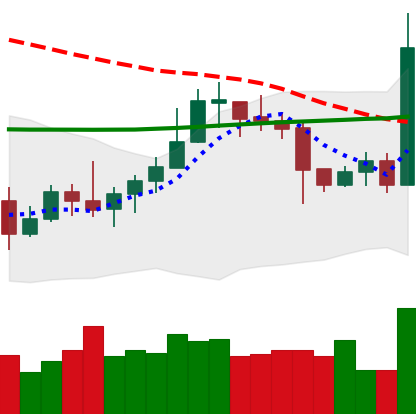
Ticker: LTC-USD
Chart end date: 2020-10-21
Forward return: 6.976%
Label: up_5_7